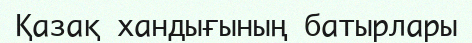
Қазақ хандығының батырлары